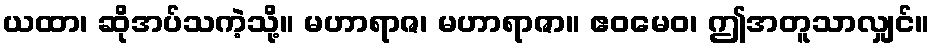
ယထာ၊ ဆိုအပ်သကဲ့သို့။ မဟာရာဇ၊ မဟာရာဇာ။ ဧဝမေဝ၊ ဤအတူသာလျှင်။